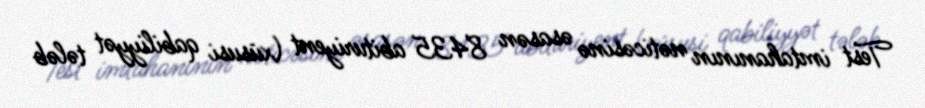
Test imtahanının nəticəsinə əsasən 8435 abituriyent (xüsusi qabiliyyət tələb